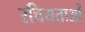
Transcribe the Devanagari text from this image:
रचियताओं